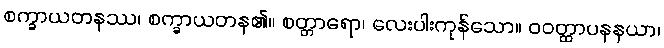
စက္ခာယတနဿ၊ စက္ခာယတန၏။ စတ္တာရော၊ လေးပါးကုန်သော။ ဝဝတ္ထာပနနယာ၊